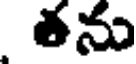
తను